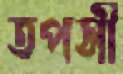
তপসী